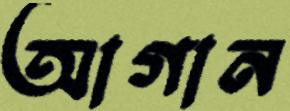
আগান